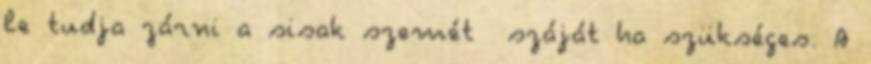
le tudja zárni a sisak szemét száját ha szükséges. A